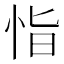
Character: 恉